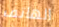
الهاتف